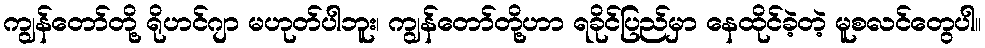
ကျွန်တော်တို့ ရိုဟင်ဂျာ မဟုတ်ပါဘူး၊ ကျွန်တော်တို့ဟာ ရခိုင်ပြည်မှာ နေထိုင်ခဲ့တဲ့ မူစလင်တွေပါ။